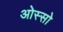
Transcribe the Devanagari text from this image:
ओस्सो